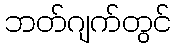
ဘတ်ဂျက်တွင်